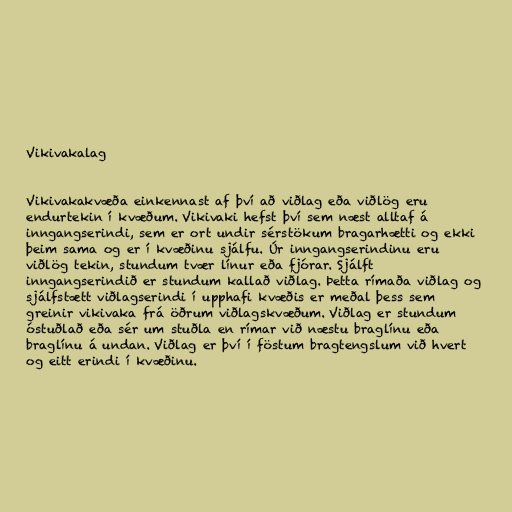
Vikivakalag

Vikivakakvæða einkennast af því að viðlag eða viðlög eru
endurtekin í kvæðum. Vikivaki hefst því sem næst alltaf á
inngangserindi, sem er ort undir sérstökum bragarhætti og ekki
þeim sama og er í kvæðinu sjálfu. Úr inngangserindinu eru
viðlög tekin, stundum tvær línur eða fjórar. Sjálft
inngangserindið er stundum kallað viðlag. Þetta rímaða viðlag og
sjálfstætt viðlagserindi í upphafi kvæðis er meðal þess sem
greinir vikivaka frá öðrum viðlagskvæðum. Viðlag er stundum
óstuðlað eða sér um stuðla en rímar við næstu braglínu eða
braglínu á undan. Viðlag er því í föstum bragtengslum við hvert
og eitt erindi í kvæðinu.